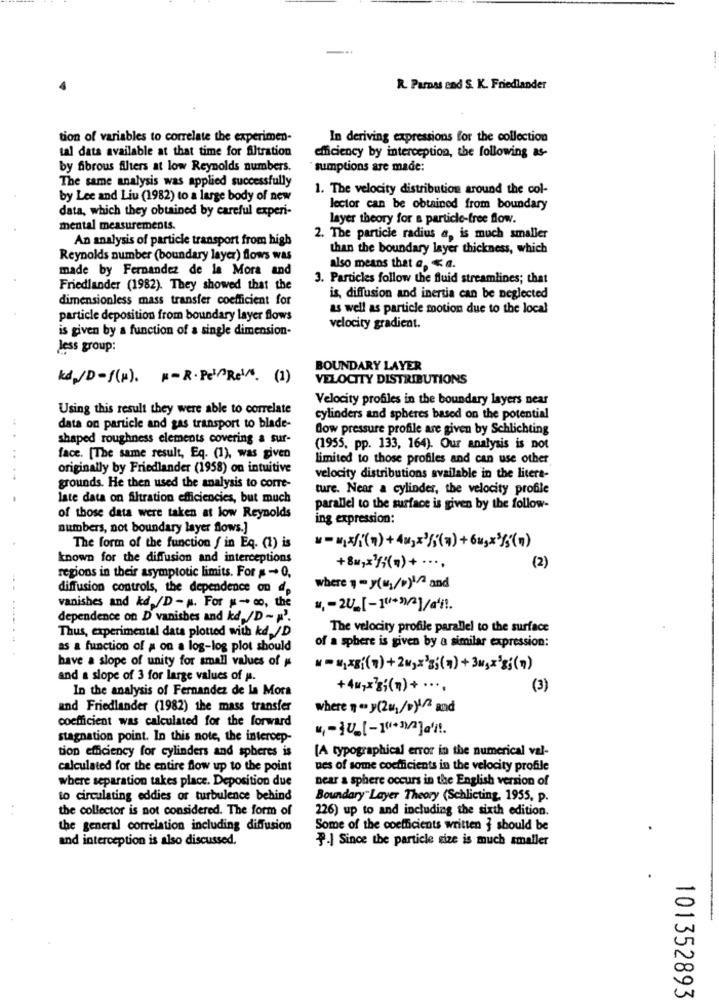
R. Pamnas end S. K. Friedlander
tion of variables to correlate the experimen-
In deriving expressions for the collection
tal data available at that time for filtration
efficiency by interception, the following as-
by fibrous filters at low Reynolds numbers.
sumptions are made:
The same analysis was applied successfully
1. The velocity distribution around the col-
by Lee and Liu (1982) to a large body of new
data, which they obtained by careful experi-
lector can be obtained from boundary
layer theory for a particle-free flow.
mental measurements.
An analysis of particle transport from high
2. The particle radius a, is much smaller
than the boundary layer thickness, which
Reynolds number (boundary layer) flows was
made by Fernandez de la Mora and
also means that a, < a.
3. Particles follow the fluid streamlines; that
Friedlander (1982). They showed that the
dimensionless mass transfer coefficient for
is, diffusion and inertia can be neglected
as well as particle motion due to the local
particle deposition from boundary layer flows
is given by a function of a single dimension-
velocity gradient.
Jess group:
BOUNDARY LAYER
kd /D-1(+). N-R. Pel^Rel. (1)
VELOCITY DISTRIBUTIONS
Velocity profiles in the boundary layers near
Using this result they were able to correlate
cylinders and spheres based on the potential
data on particle and gas transport to blade-
Low pressure profile are given by Schlichting
shaped roughness elements covering a sur-
(1955, pp. 133, 164). Our analysis is not
face. [The same result, Eq. (1), was given
limited to those profiles and can use other
originally by Friedlander (1958) on intuitive
velocity distributions available in the liters-
grounds. He then used the analysis to corre-
ture. Near a cylinder, the velocity profile
.
late data on filtration efficiencies, but much
parallel to the surface is given by the follow-
of those data were taken at low Reynolds
ing expression:
numbers, not boundary layer flows.]
The form of the function / in Eq. (1) is
known for the diffusion and interceptions
+8 =,= 3}{(a) + ····
(2)
regions in their asymptotic limits. For # - 0,
diffusion controls, the dependence on dp
where " - y(1/b)1^ and
vanishes and kd/D -M. For - co, the
#, - 20_[ -]">/2]/a'il.
dependence on D' vanishes and kd /D - p'.
The velocity profile parallel to the surface
Thus, experimental data plotted with kd /D
as a function of # on a log-log plot should
of a sphere is given by a similar expression:
have a slope of unity for small values of #
* = 1xg(7) + 2M3x33{(7) + 34,x38;(7)
and a slope of 3 for large values of p.
In the analysis of Fernandez de la Mora
+4w>x7g;(n) + ···,
(3)
and Friedlander (1982) the mass transfer
where = == y(2mg/D)/2 and
coefficient was calculated for the forward
stagnation point. In this note, the intercep-
[A typographical error in the numerical val-
tion efficiency for cylinders and spheres is
calculated for the entire flow up to the point
nes of some coefficients in the velocity profile
where separation takes place. Deposition due
near a sphere occurs in the English version of
to circulating eddies or turbulence behind
Boundary Layer Theory (Schlicting, 1955, p.
the collector is not considered. The form of
226) up to and including the sixth edition.
the general correlation including diffusion
Some of the coefficients written { should be
and interception is also discussed.
P.] Since the particle size is much smaller
101352893